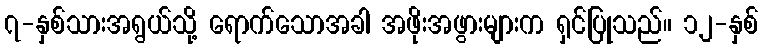
၇-နှစ်သားအရွယ်သို့ ရောက်သောအခါ အဖိုးအဖွားများက ရှင်ပြုသည်။ ၁၂-နှစ်